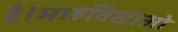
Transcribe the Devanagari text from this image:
है।माहविद्याओ